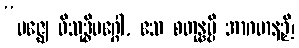
“မဇ္ဈေ ဝိသုဒ္ဓိမဂ္ဂေါ, ဧသ စတုန္နမ္ပိ အာဂမာနဉှိ၊